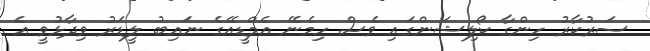
ސަރުކާރު ހިންގާ ކޯލިޝަންގައި ވެސް ހިމެނޭ އެމްޑީއޭގެ ނައިބު ލީޑަރު ވިދާޅުވީ އެ